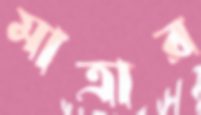
মাত্রার